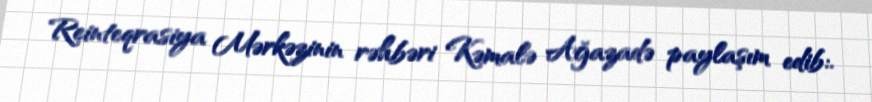
Reinteqrasiya Mərkəzinin rəhbəri Kəmalə Ağazadə paylaşım edib:.